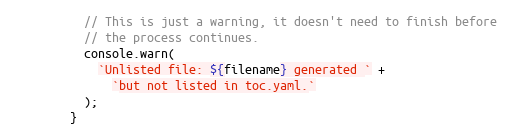
Language: JavaScript
          // This is just a warning, it doesn't need to finish before
          // the process continues.
          console.warn(
            `Unlisted file: ${filename} generated ` +
              `but not listed in toc.yaml.`
          );
        }